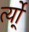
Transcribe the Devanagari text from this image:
र्त्यो्